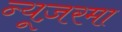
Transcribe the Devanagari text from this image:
न्यूज़रमा